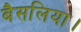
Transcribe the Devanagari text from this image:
बैसलिया।